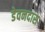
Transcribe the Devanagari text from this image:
डेवनदास